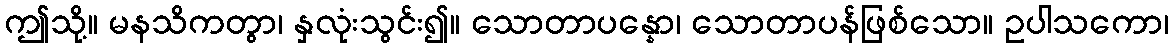
ဤသို့။ မနသိကတွာ၊ နှလုံးသွင်း၍။ သောတာပန္နော၊ သောတာပန်ဖြစ်သော။ ဥပါသကော၊